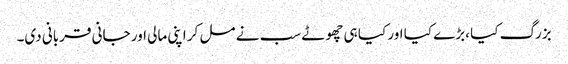
بزرگ کیا ،بڑے کیا اور کیا ہی چھوٹے سب نے مل کر اپنی مالی اور جانی قربانی دی۔